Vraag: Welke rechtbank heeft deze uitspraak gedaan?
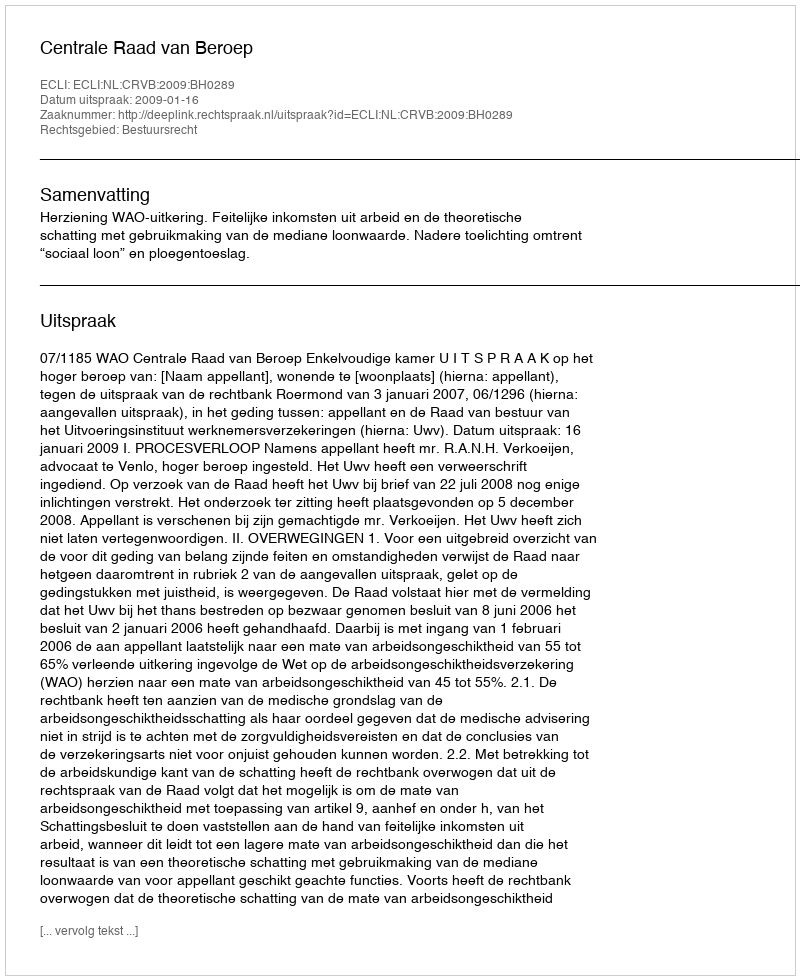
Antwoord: Centrale Raad van Beroep